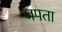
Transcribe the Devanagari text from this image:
जपता